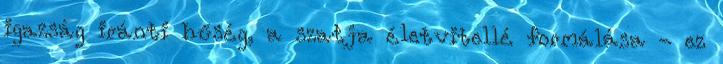
igazság iránti hűség, a szatja életvitellé formálása - ez